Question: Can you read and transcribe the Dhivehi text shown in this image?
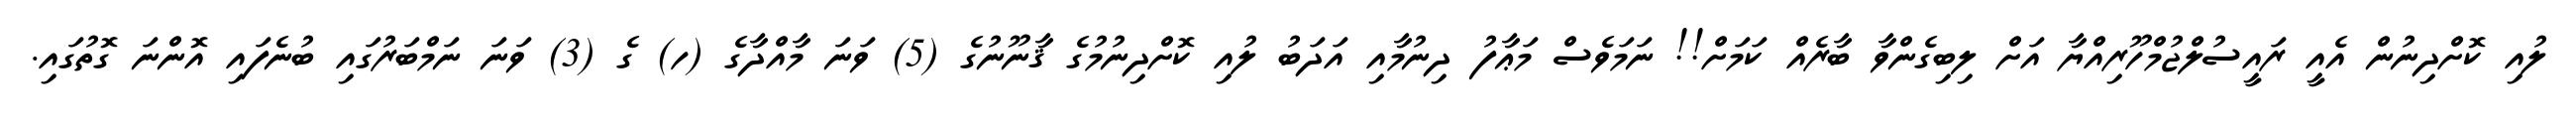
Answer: ލުއި ކޮށްދިނުން އެއީ ރައީސުލްޖުމްހޫރިއްޔާ އަށް ލިބިގެންވާ ބާރެއް ކަމަށް!! ނަމަވެސް މަޢާފު ދިނުމާއި އަދަބު ލުއި ކޮށްދިނުމުގެ ޤާނޫނުގެ (5) ވަނަ މާއްދާގެ (ހ) ގެ (3) ވަނަ ނަމްބަރުގައި ބުނެފައި އޮންނަ ގޮތުގައި.